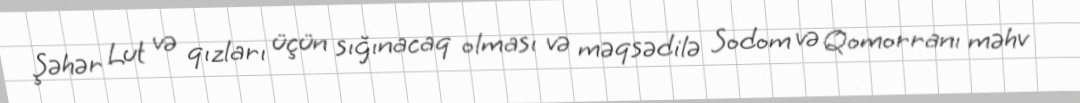
Şəhər Lut və qızları üçün sığınacaq olması və məqsədilə Sodom və Qomorranı məhv